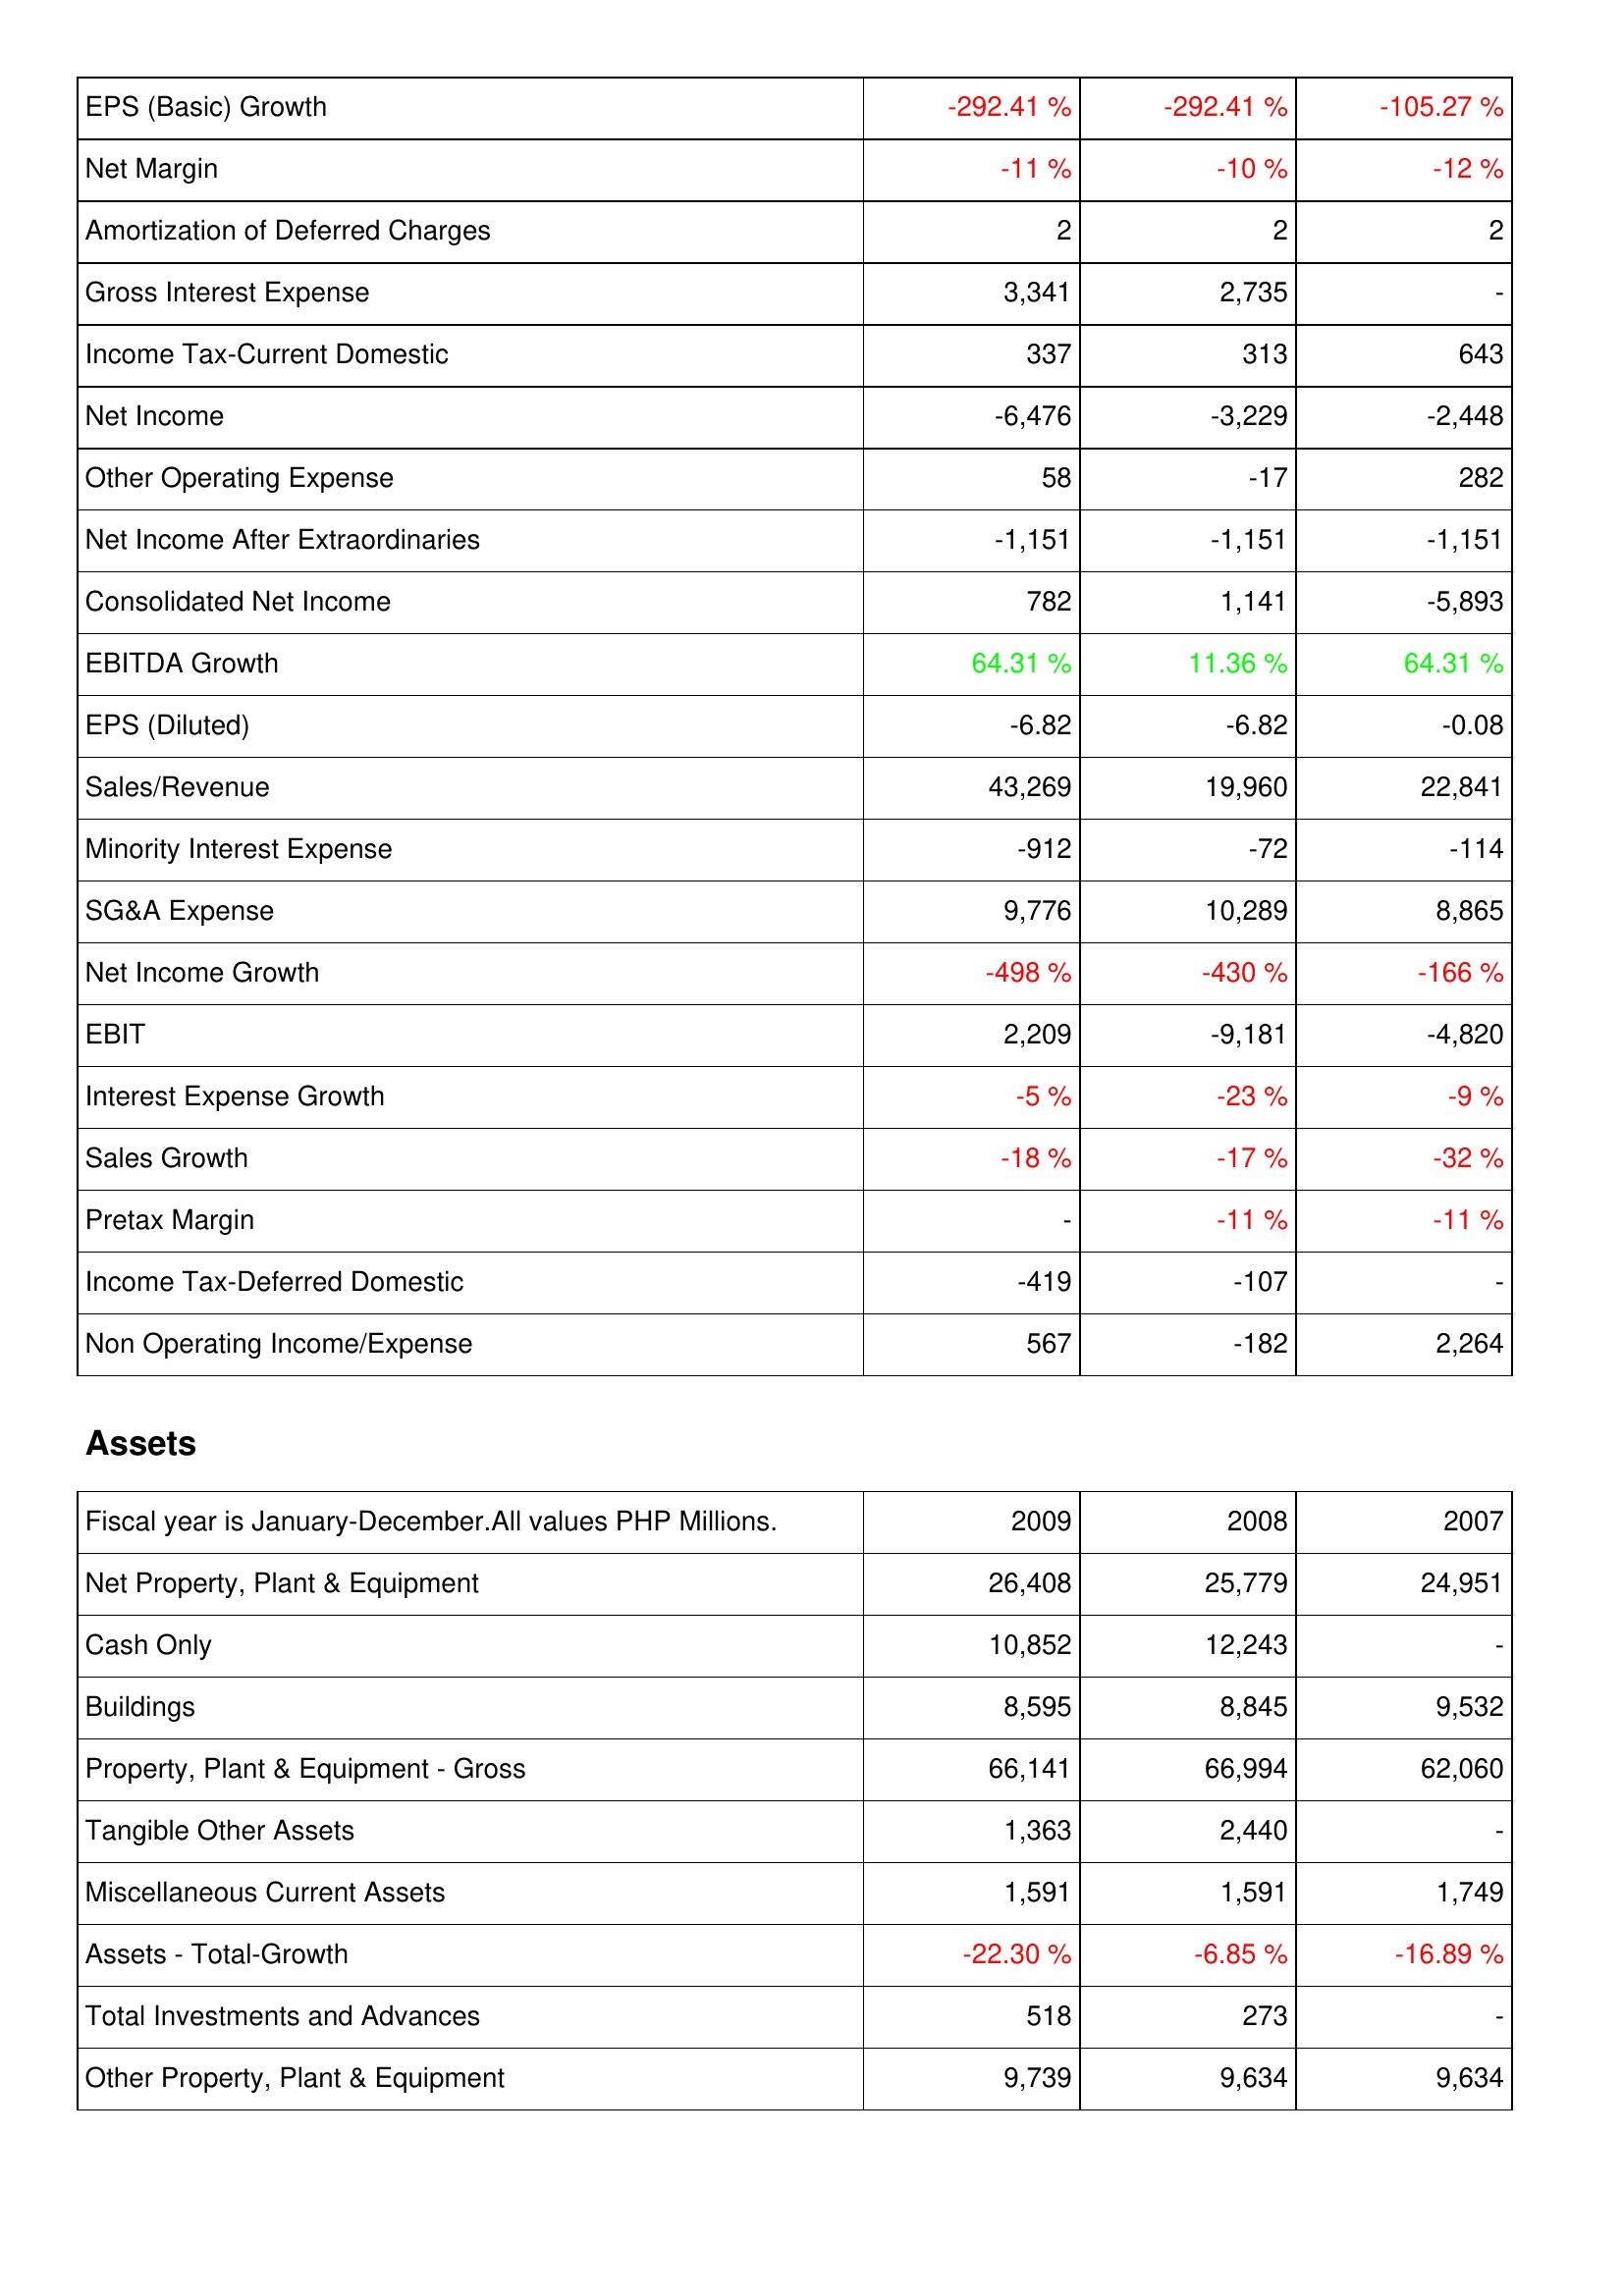
2009: Income Statement: EPS (Basic) Growth: -292.41 %
Net Margin: -11 %
Amortization of Deferred Charges: 2
Gross Interest Expense: 3,341
Income Tax-Current Domestic: 337
Net Income: -6,476
Other Operating Expense: 58
Net Income After Extraordinaries: -1,151
Consolidated Net Income: 782
EBITDA Growth: 64.31 %
EPS (Diluted): -6.82
Sales/Revenue: 43,269
Minority Interest Expense: -912
SG&A Expense: 9,776
Net Income Growth: -498 %
EBIT: 2,209
Interest Expense Growth: -5 %
Sales Growth: -18 %
Pretax Margin: -
Income Tax-Deferred Domestic: -419
Non Operating Income/Expense: 567
Assets: Net Property, Plant & Equipment: 26,408
Cash Only: 10,852
Buildings: 8,595
Property, Plant & Equipment - Gross: 66,141
Tangible Other Assets: 1,363
Miscellaneous Current Assets: 1,591
Assets - Total-Growth: -22.30 %
Total Investments and Advances: 518
Other Property, Plant & Equipment: 9,739
2008: Income Statement: EPS (Basic) Growth: -292.41 %
Net Margin: -10 %
Amortization of Deferred Charges: 2
Gross Interest Expense: 2,735
Income Tax-Current Domestic: 313
Net Income: -3,229
Other Operating Expense: -17
Net Income After Extraordinaries: -1,151
Consolidated Net Income: 1,141
EBITDA Growth: 11.36 %
EPS (Diluted): -6.82
Sales/Revenue: 19,960
Minority Interest Expense: -72
SG&A Expense: 10,289
Net Income Growth: -430 %
EBIT: -9,181
Interest Expense Growth: -23 %
Sales Growth: -17 %
Pretax Margin: -11 %
Income Tax-Deferred Domestic: -107
Non Operating Income/Expense: -182
Assets: Net Property, Plant & Equipment: 25,779
Cash Only: 12,243
Buildings: 8,845
Property, Plant & Equipment - Gross: 66,994
Tangible Other Assets: 2,440
Miscellaneous Current Assets: 1,591
Assets - Total-Growth: -6.85 %
Total Investments and Advances: 273
Other Property, Plant & Equipment: 9,634
2007: Income Statement: EPS (Basic) Growth: -105.27 %
Net Margin: -12 %
Amortization of Deferred Charges: 2
Gross Interest Expense: -
Income Tax-Current Domestic: 643
Net Income: -2,448
Other Operating Expense: 282
Net Income After Extraordinaries: -1,151
Consolidated Net Income: -5,893
EBITDA Growth: 64.31 %
EPS (Diluted): -0.08
Sales/Revenue: 22,841
Minority Interest Expense: -114
SG&A Expense: 8,865
Net Income Growth: -166 %
EBIT: -4,820
Interest Expense Growth: -9 %
Sales Growth: -32 %
Pretax Margin: -11 %
Income Tax-Deferred Domestic: -
Non Operating Income/Expense: 2,264
Assets: Net Property, Plant & Equipment: 24,951
Cash Only: -
Buildings: 9,532
Property, Plant & Equipment - Gross: 62,060
Tangible Other Assets: -
Miscellaneous Current Assets: 1,749
Assets - Total-Growth: -16.89 %
Total Investments and Advances: -
Other Property, Plant & Equipment: 9,634